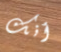
أنك